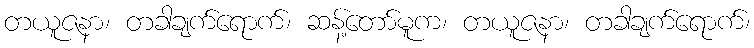
တယူဇနာ၊ တခါချက်ရောက်၊ ဆန့်တော်မူက၊ တယူဇနာ၊ တခါချက်ရောက်၊